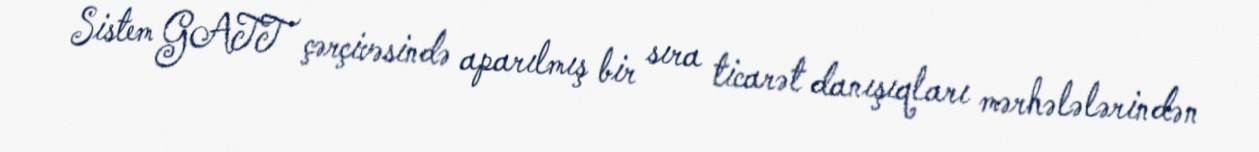
Sistem GATT çərçivəsində aparılmış bir sıra ticarət danışıqları mərhələlərindən